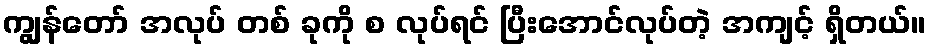
ကျွန်တော် အလုပ် တစ် ခုကို စ လုပ်ရင် ပြီးအောင်လုပ်တဲ့ အကျင့် ရှိတယ်။